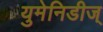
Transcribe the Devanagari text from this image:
युमेनिडीज्‌